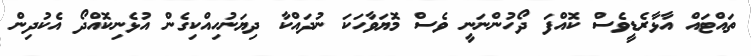
ތައްޓައް އާޅާރެޑީވެސް ކޮއްފަ ދޯހުންނަނީ ވެސް މޮޔަވާހަކަ ނުދައްކާ ދިޔަނުހިއްކިގެން އުޅެނިކޮއްދޯ އެކުދިން